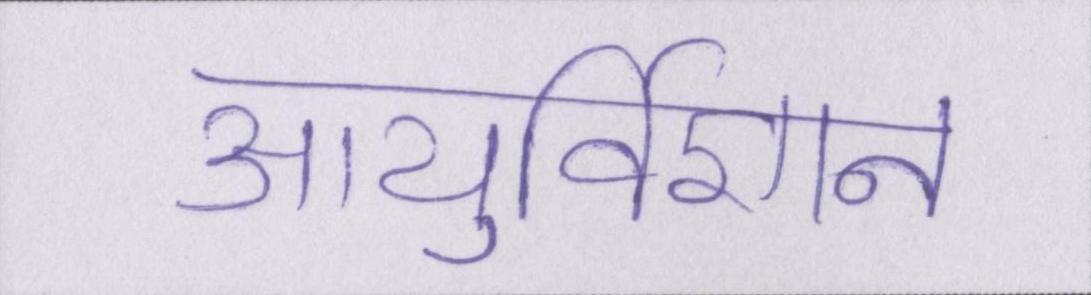
आयुर्विज्ञान